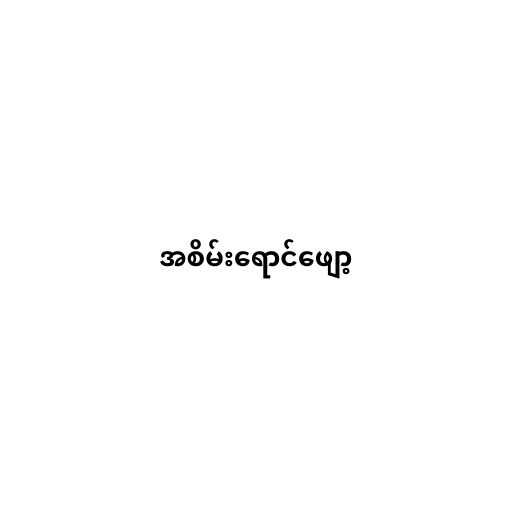
အစိမ်းရောင်ဖျော့